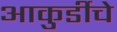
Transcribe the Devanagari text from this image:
आकुर्डीचे